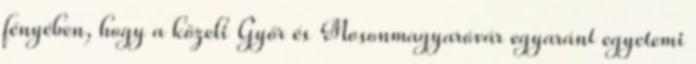
fényében, hogy a közeli Győr és Mosonmagyaróvár egyaránt egyetemi